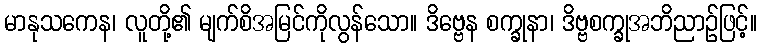
မာနုသကေန၊ လူတို့၏ မျက်စိအမြင်ကိုလွန်သော။ ဒိဗ္ဗေန စက္ခုနာ၊ ဒိဗ္ဗစက္ခုအဘိညာဉ်ဖြင့်။